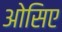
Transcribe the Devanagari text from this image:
ओसिए